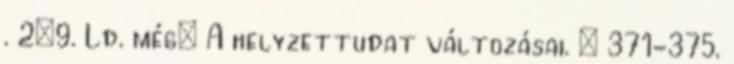
. 2:9. Ld. még: A helyzettudat változásai. – 371-375.